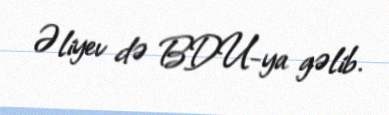
Əliyev də BDU-ya gəlib.